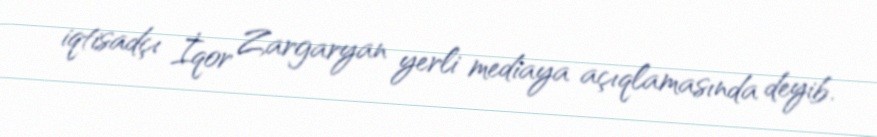
iqtisadçı İqor Zargaryan yerli mediaya açıqlamasında deyib.